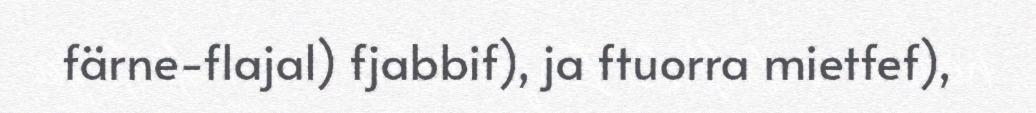
färne-flajal) fjabbif), ja ftuorra mietfef),